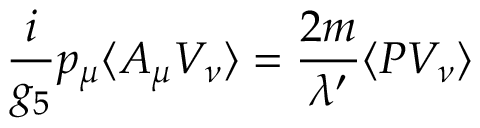
\frac { i } { g _ { 5 } } p _ { \mu } \langle A _ { \mu } V _ { \nu } \rangle = \frac { 2 m } { \lambda ^ { \prime } } \langle P V _ { \nu } \rangle